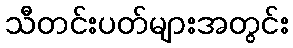
သီတင်းပတ်များအတွင်း